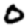
Digit: 0